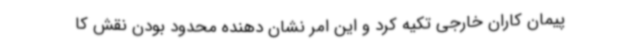
پیمان کاران خارجی تکیه کرد و این امر نشان دهنده محدود بودن نقش کا